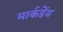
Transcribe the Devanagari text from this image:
मार्कडेंय